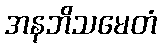
အနဘိသမေတံ